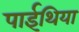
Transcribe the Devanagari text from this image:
पाईथिया